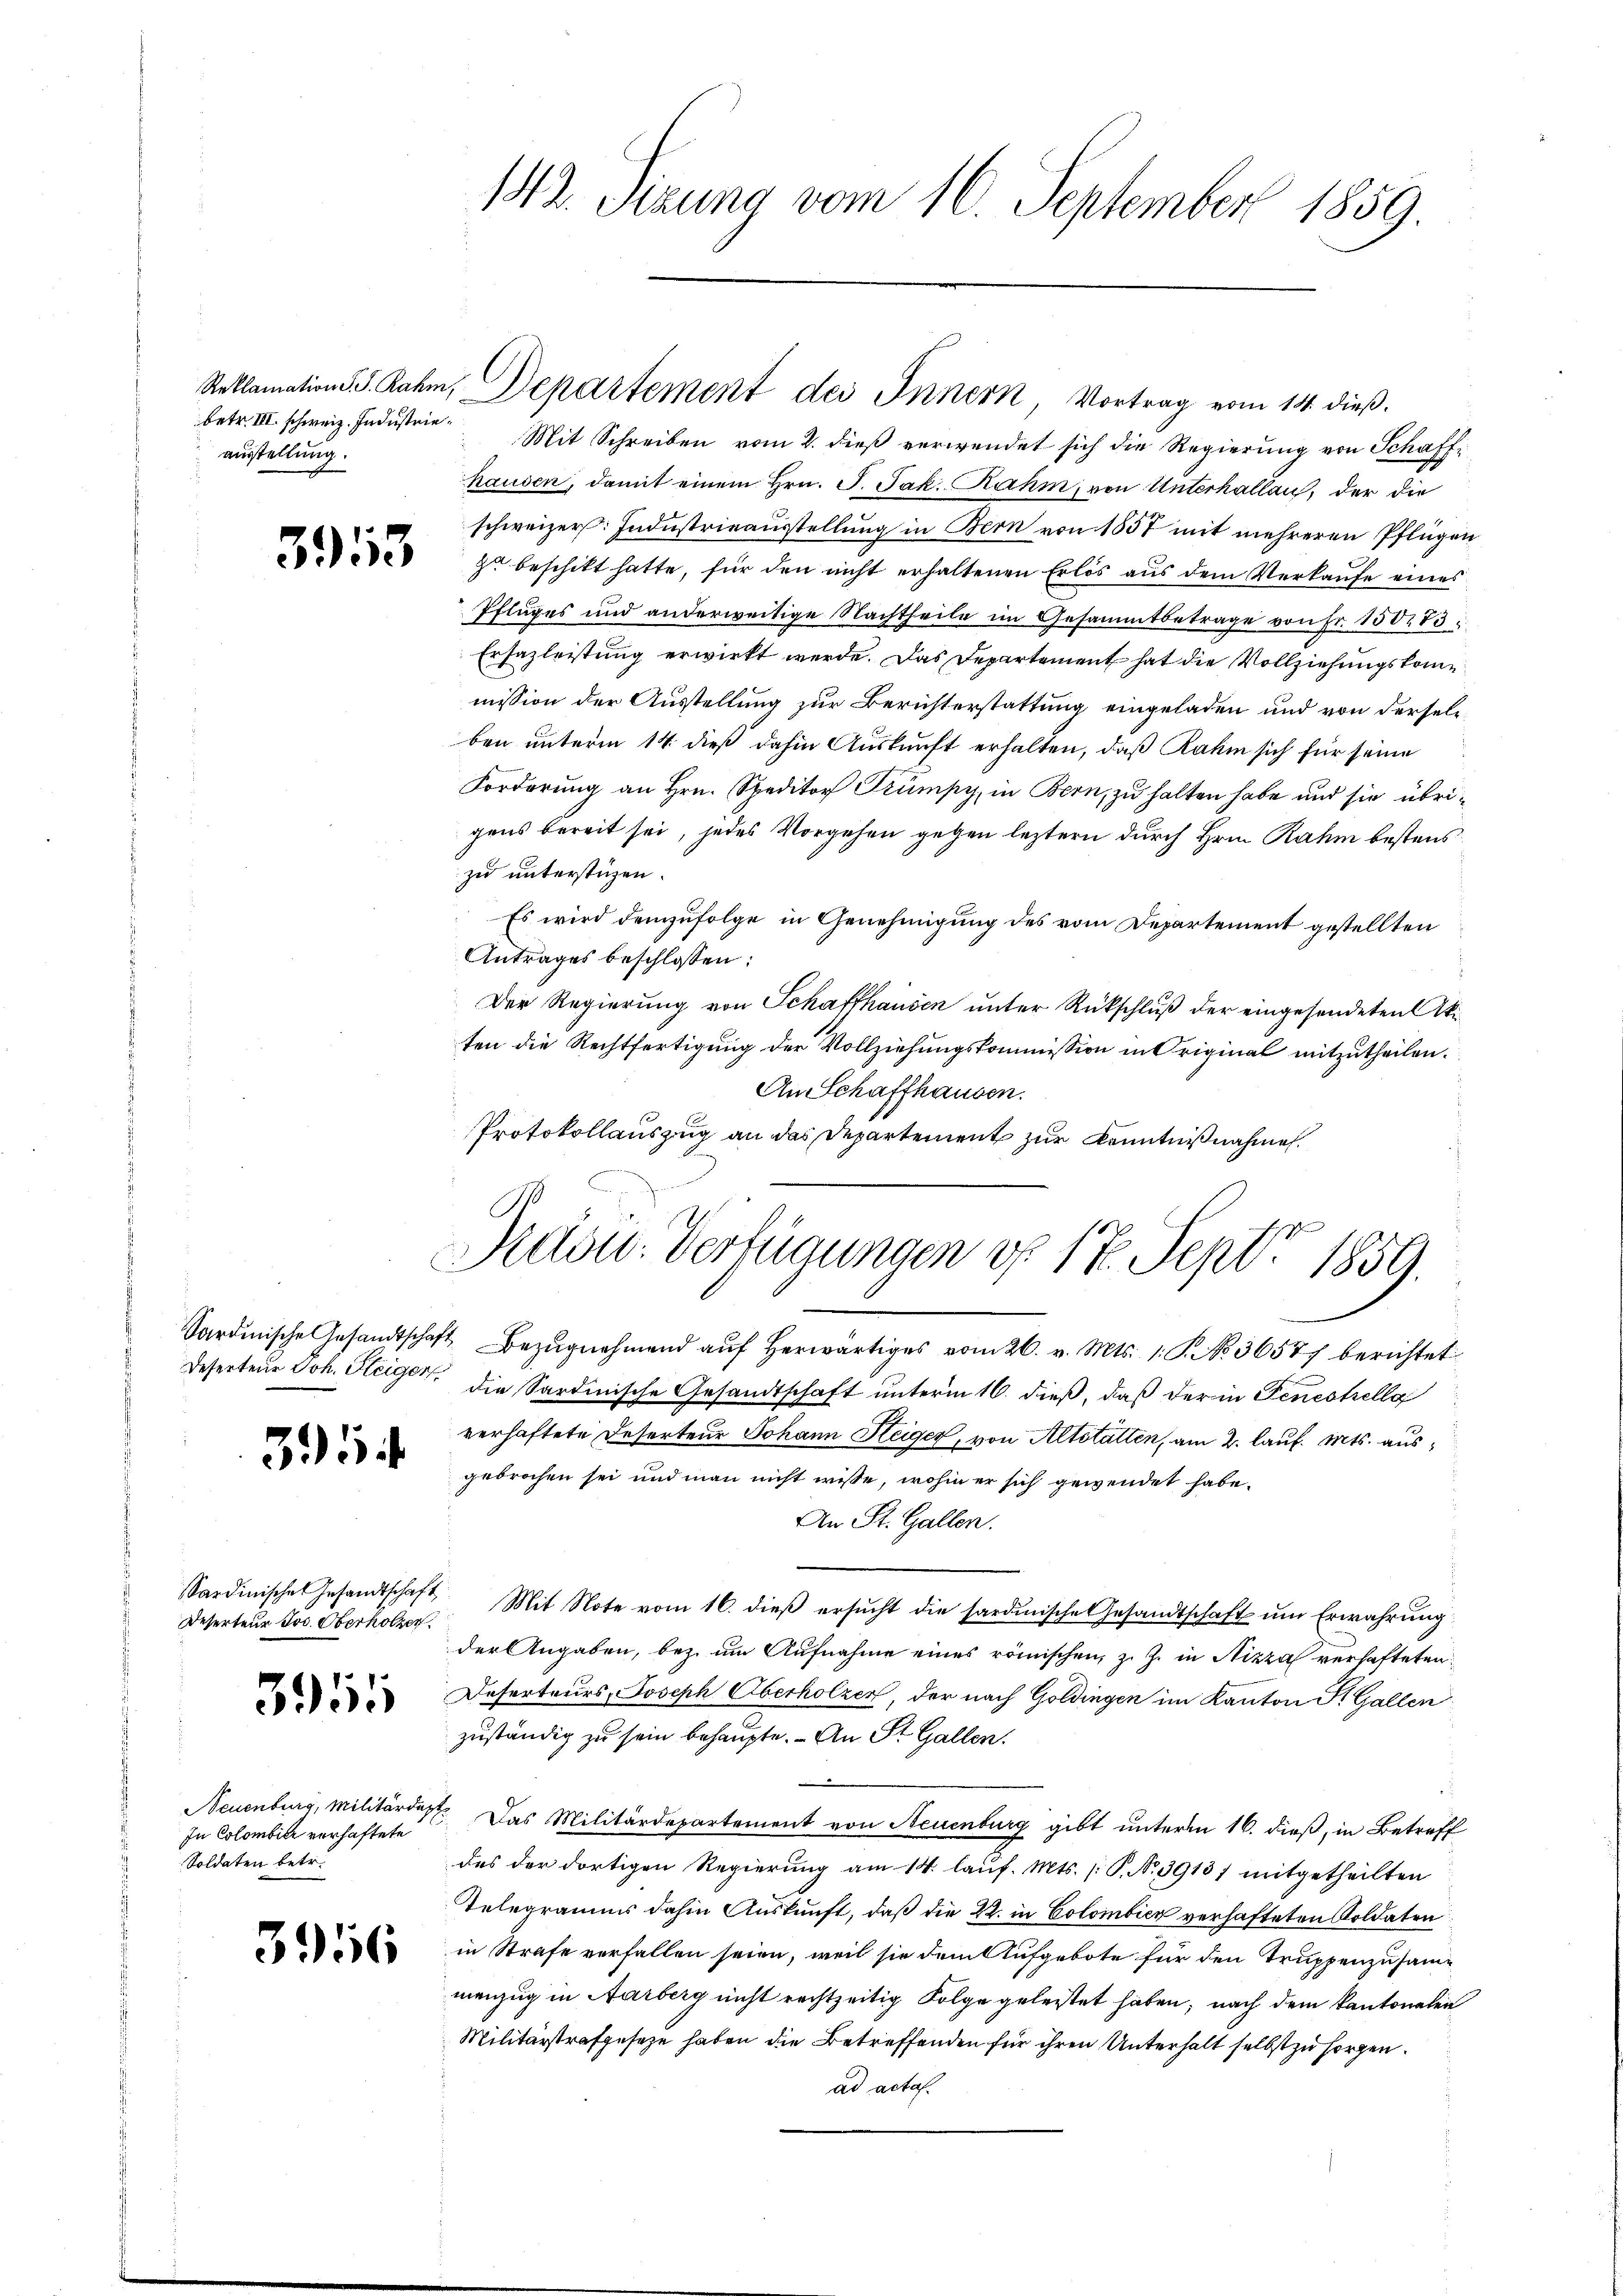
betr. III. schweiz. Industrie.
ausstellung.

3913

31

Deserteur Jos. Oberholzer

3955

In Colombier verhaftete
Soldaten betr.

3956

142. Sizung vom 16. September 1859.

Reklamation I S. Rahm, Departement des Innern, Vortrag vom 14. dieß.

Mit Schreiben vom 2. dieß verwendet sich die Regierung von Schaffhausen, damit einem Hrn. F. Jak. Rahm, von Unterhallen, der die
schweizer. Industrieausstellung in Bern von 1557 mit mehreren Pflügen
zu beschikt hatte, für den nicht erhaltenen Erlös aus dem Verkaufe eines
Pfluges und anderweitige Nachtheile im Gesammtbetrage von Fr. 150. 73
Ersazleistung erwirkt werde. Das Departement hat die Vollziehungskommission der Ausstellung zur Berichterstattung eingeladen und von derselben unterm 14. dieß dahin Auskunft erhalten, daß Rahm sich für seine
Forderung an Hrn. Speditor Trümpy, in Bern, zu halten habe und sie übrigens bereit sei, jedes Vorgehen gegen leztern durch Hrn. Rahm bestens
zu unterstüzen.
Es wird demzufolge in Genehmigung des vom Departement gestellten
Antrages beschlossen:
Der Regierung von Schaffhausen unter Rückschluß der eingesendeten Akten die Rechtfertigung der Vollziehungskommission in Original mitzutheilen.
Am Schaffhausen.
Protokollauszug an das Departement zur Kenntnißnahmen.

Pector. Verfügungen d. 17. Sept. 1859.

Sardische Gesandtschaft Bezŭgnehmend aŭf herwärtiges vom 26. v. Mts. 1. P. No. 36577 berichtet
Deserteur Joh. Steiger die Sardinische Gesandtschaft unterm 16. dieß, daß der in Feuestellg
verhaftete Deserteur Johann Steiger, von Altstatten, am 2. lauf. Mts. ausgebrochen sei und man nicht wisse, wohin er sich gewendet habe.
An St. Gallen.
Sardinische Gesandtschaft Mit Note vom 16. dieβ ersŭcht die sardinische Gesandtschaft ŭm Erwahrung
der Angaben, bez. am Aufnahme eines römischen, z. Z. in Nizza verhafteten
Deserteurs, Joseph Oberholzer, der nach Goldingen im Kanton St. Gallen
zuständig zu sein behaupte. - An St. Gallen.
Neuenburg, Militärdest. Das Militärdepartement von Neuenburg gibt unterm 16. dieß, in Betreff
des der dortigen Regierung am 14. laŭf. Mts. S. Nr. 3913/ mitgetheilten
Telegramms dahin Auskunft, daß die 22. in Colombicz verhafteten Soldaten
in Strafe verfallen seien, weil sie dem Aufgebote für den Truppenzusammenzug in Aarberg nicht rechtzeitig Folge geleistet haben; nach dem Kantonalen
Militärstrafgeseze haben die Betreffenden für ihren Unterhalt selbst zu sorgen.
ad acta.